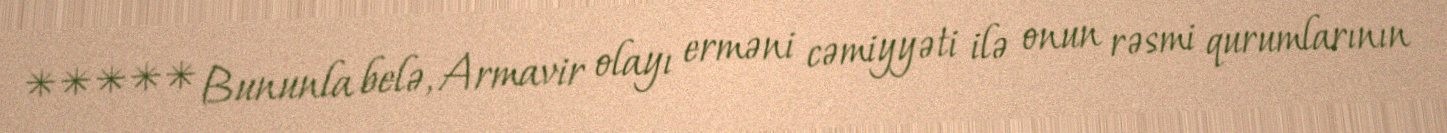
***** Bununla belə, Armavir olayı erməni cəmiyyəti ilə onun rəsmi qurumlarının